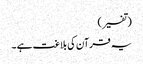
(تفسیر)
یہ قرآن کی بلاغت ہے ۔